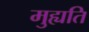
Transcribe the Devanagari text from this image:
मुह्यति